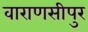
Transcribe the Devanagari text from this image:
वाराणसीपुर